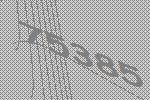
75385